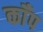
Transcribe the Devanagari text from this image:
कॉँप